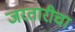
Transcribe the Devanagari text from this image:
जरतारीचा